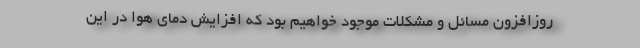
روزافزون مسائل و مشکلات موجود خواهیم بود که افزایش دمای هوا در این